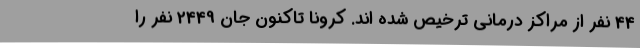
44 نفر از مراکز درمانی ترخیص شده اند. کرونا تاکنون جان 2449 نفر را